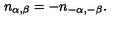
n _ { \alpha , \beta } = - n _ { - \alpha , - \beta } .